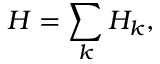
H = \sum _ { k } H _ { k } ,